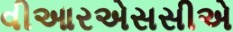
વીઆરએસસીએ